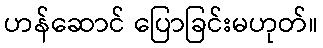
ဟန်ဆောင် ပြောခြင်းမဟုတ်။